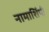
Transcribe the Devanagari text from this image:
नामाशिंपी